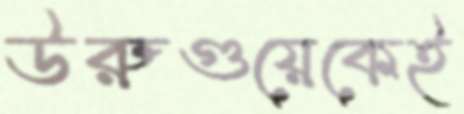
উরুগুয়েকেই